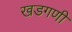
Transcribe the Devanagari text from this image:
खडगणी